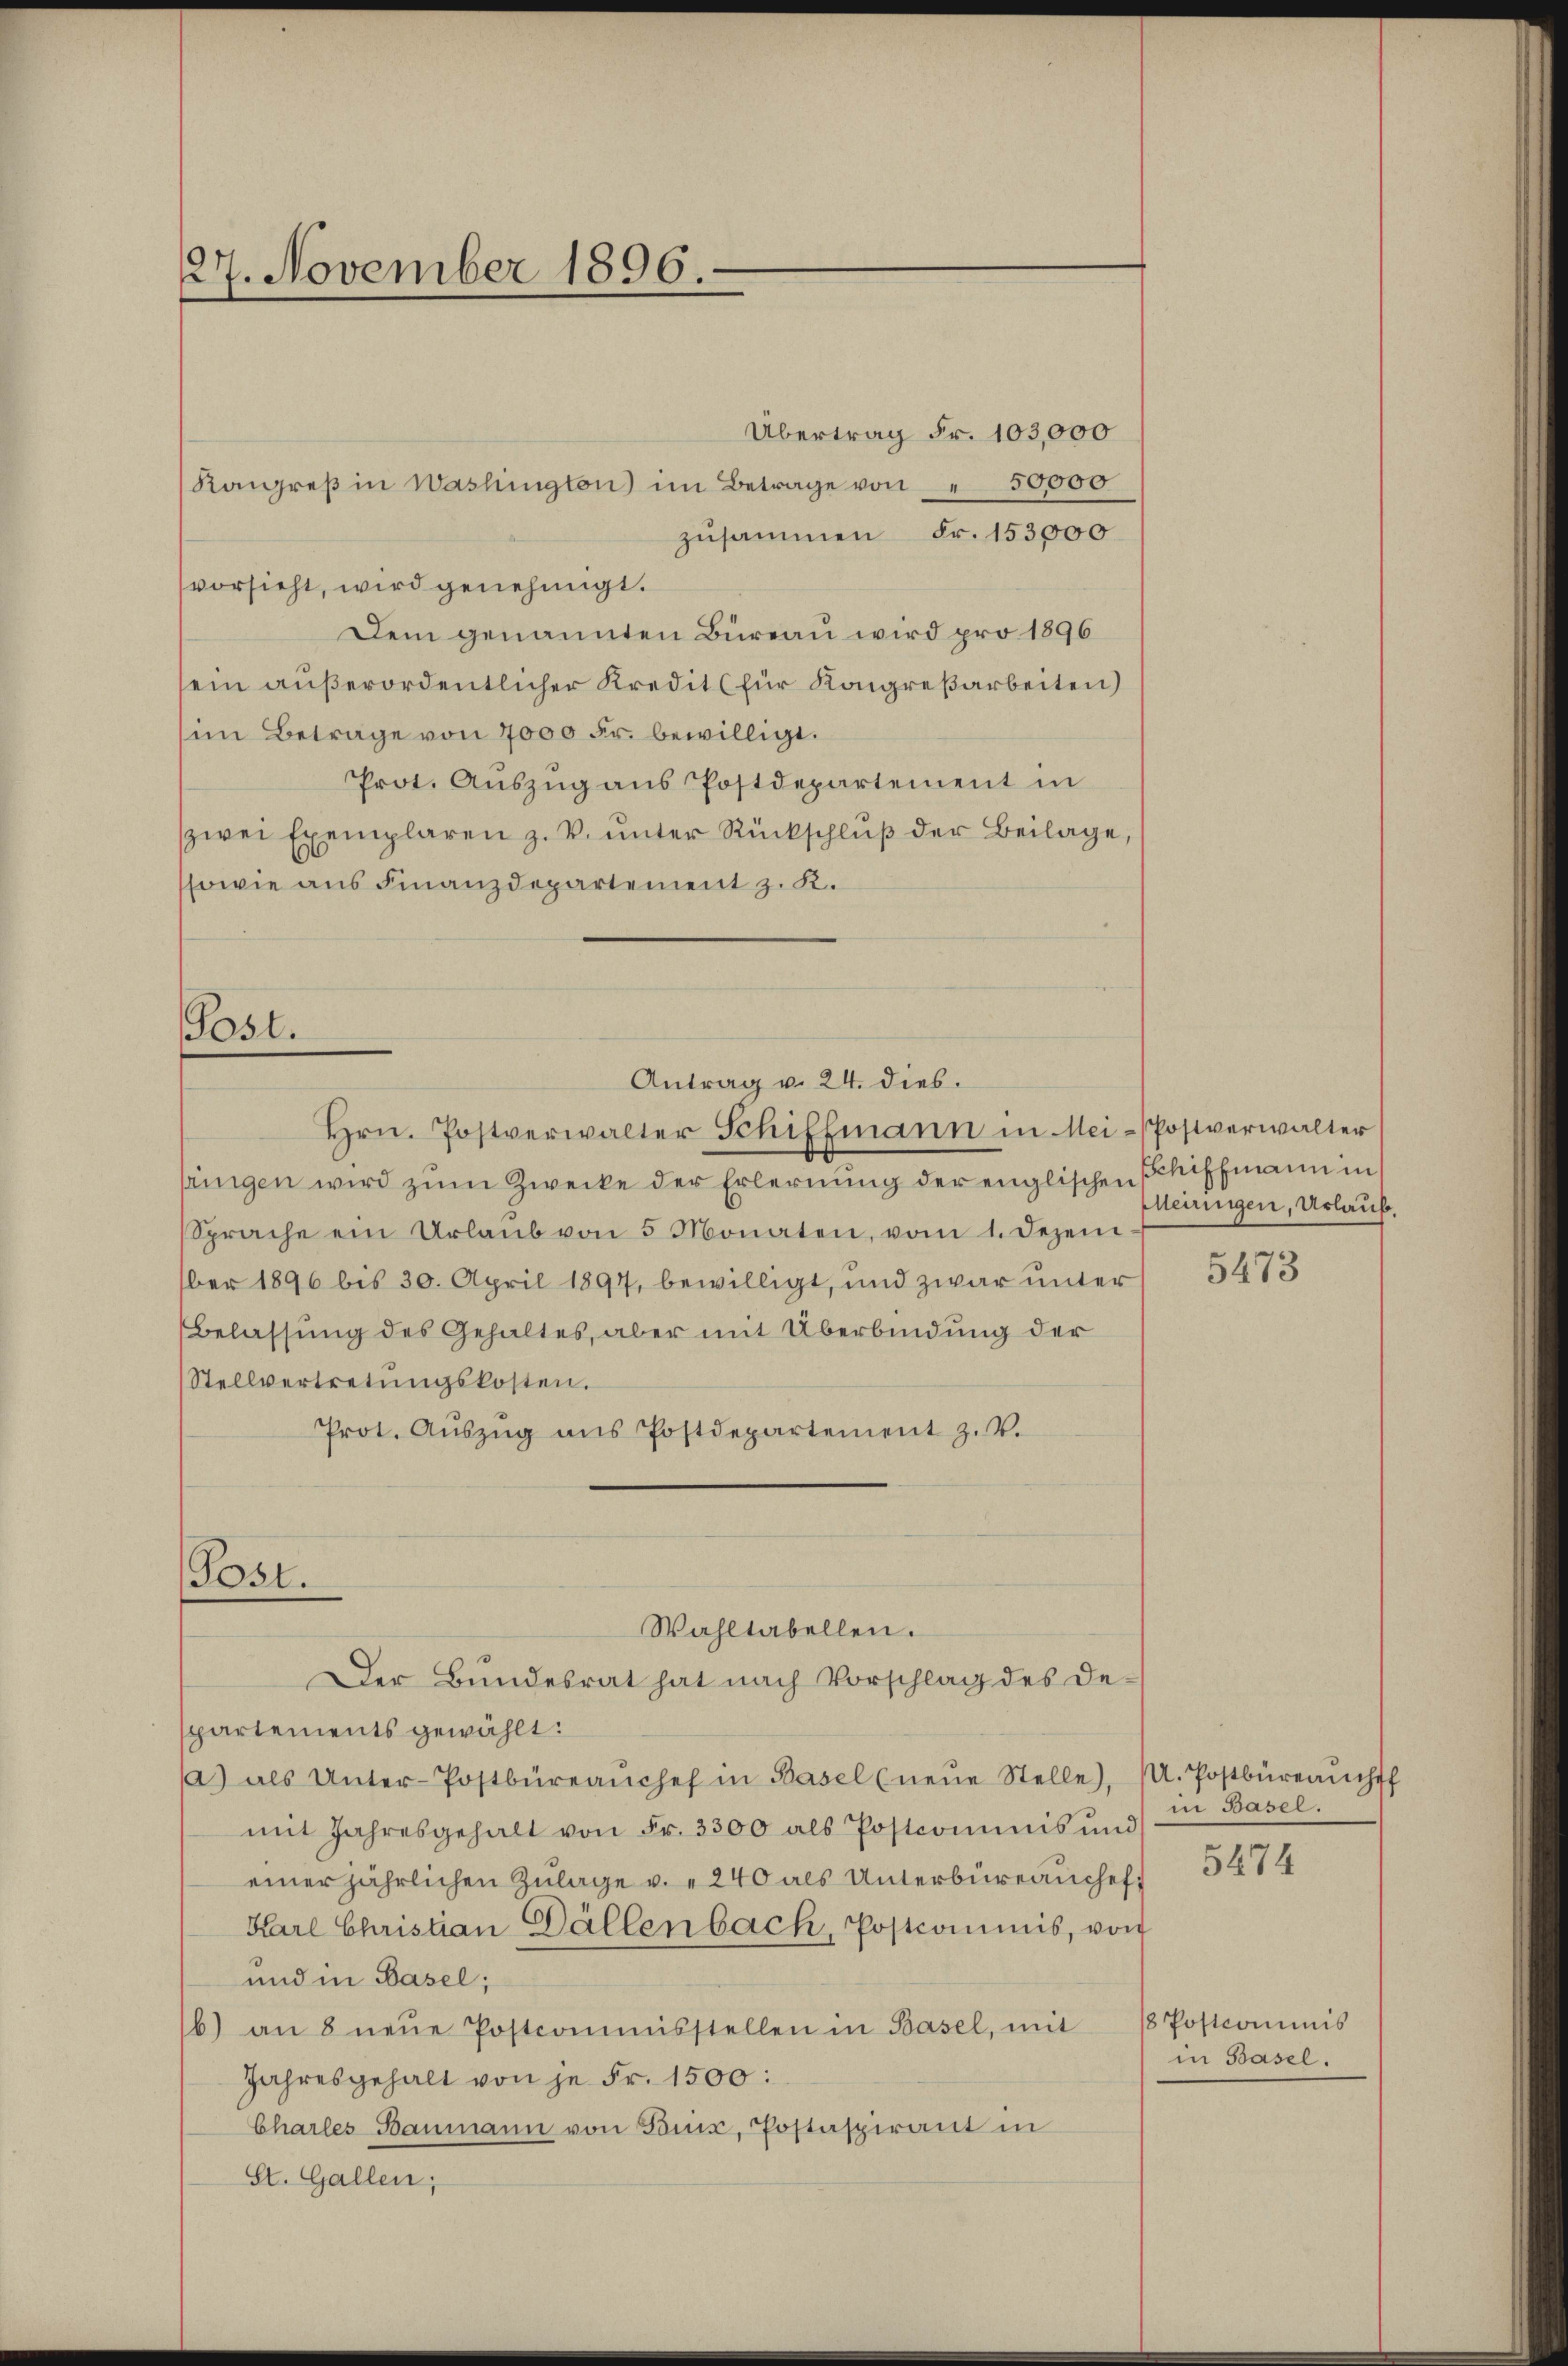
127. November 1896.

Übertrag Fr. 103,000
Kongreβ in Washington) im Betrage von " 50,000
zusammen Fr. 153000
vorsicht, wird genehmigt.
Dem genannten Büreau wird pro 1896
sein außerordentlicher Kredit für Kongreßarbeiten)
im Betrage von 7000 Fr. bewilligt.
Prot. Auszug aus Postdepartement in
zwei Exemplaren z. V. ŭnter Rückschlŭβ der Beilage,
ssowie aus Finanzdepartement z. K.

Post.
Antrag v. 24. dies.
Hrn. Postverwalter Schiffmann in Mei-Postverwalter

Post.

rnigen wird zŭm Zwecke der Erlernung der englischen Schiffmann in s
Sprache ein Urlaŭb von 5 Monaten, vom 1. Dezem
ber 1896 bis 30. April 1897, bewilligt, und zwar unter
Belassung des Gehaltes, aber mit Überbindung der
Stellvertretŭngskosten.
Prot. Aŭszŭg ans Postdepartement z. V.
partements gewählt:
) als Unter-Postbüreaŭchef in Basel (neŭe Stelle),
mit Jahresgehalt von Fr. 3300 als Postcommis und
einer jährlichen Zulage v. 240 als Unterbüreauchef.
Karl Christian Dällenbach, Postcommis, von
und in Basel;
b) an 8 neŭe Postcommisstellen in Basel, mit 18 Postcommis
Jahresgehalt von je Fr. 1500:
Charles Baumann von Brix, Postaspirant in
St. Gallen;

Wahltabellen.
Der Bundesrat hat nach Vorschlag des De¬

Meiringen, Urlaub.

5473

. Postbüreaucht
ni Basel.

5474

in Basel.